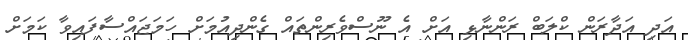
އަދި އަދާރަން ކްލަބް ރަންނާޅި އަށް އެ ނޫސްވެރިންތައް ގެންދިއުމަށް ހަމަޖައްސާފައިވާ ކަމަށް